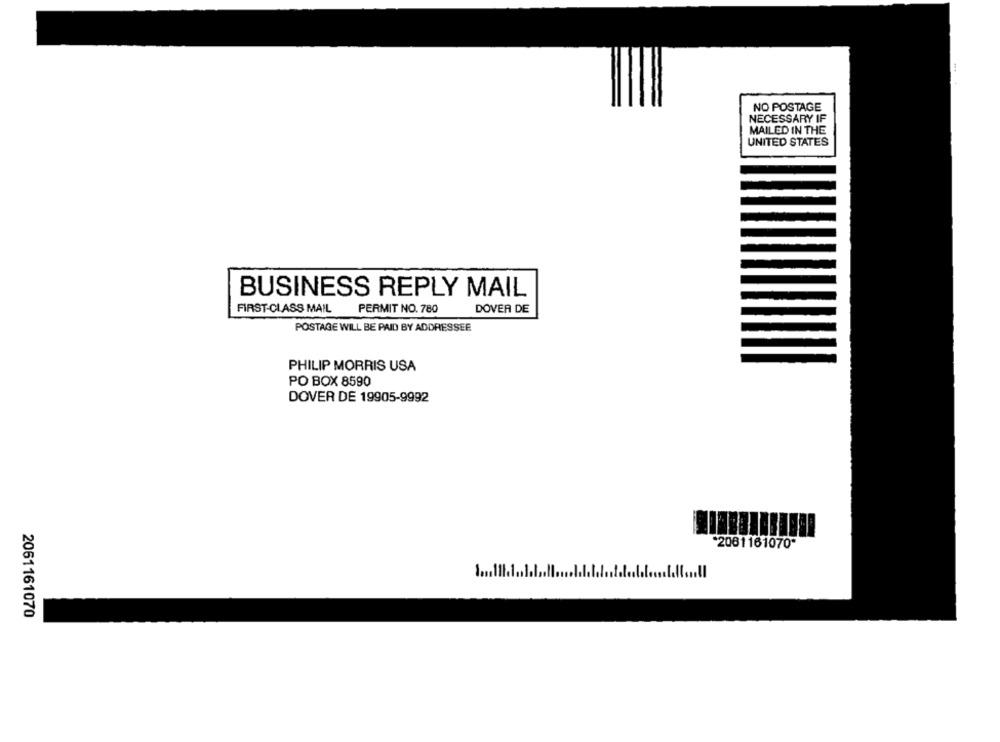
... .
NO POSTAGE
NECESSARY IF
MAILED IN THE
UNITED STATES
BUSINESS REPLY MAIL
FIRST-CLASS MAIL
PERMIT NO. 780
DOVER DE
POSTAGE WILL BE PAID BY ADDRESSEE
PHILIP MORRIS USA
PO BOX 8590
DOVER DE 19905-9992
2061161070-
2061161070